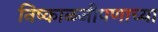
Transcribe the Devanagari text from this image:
निष्काळजीपणाच्या